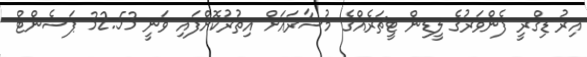
އިރު ޑިގްރީ ފެންވަރުގެ ލީޑިން ޓީޗަރެއްގެ މުސާރައަށް އިތުރުކޮށްފައި ވަނީ 32.53 ޕަސެންޓް